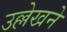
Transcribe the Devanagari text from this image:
उल्लेखने